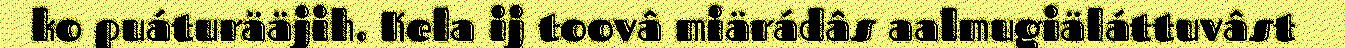
ko puáturääjih. Kela ij toovâ miärádâs aalmugiäláttuvâst